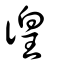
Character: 徨